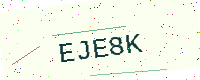
Text: EJE8K